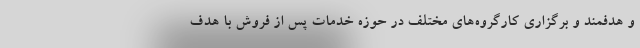
و هدفمند و برگزاری کارگروه‌های مختلف در حوزه خدمات پس از فروش با هدف